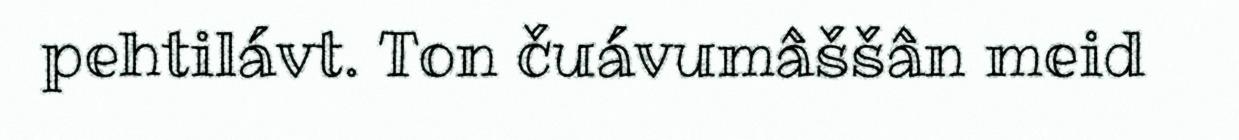
pehtilávt. Ton čuávumâššân meid